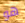
هو